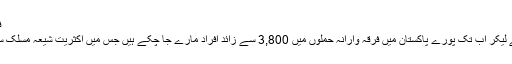
فرقہ وارانہ حملوں میں ہزاروں ہلاک
رپورٹ کے مطابق سنہ 2007 سے لیکر اب تک پورے پاکستان میں فرقہ وارانہ حملوں میں 3,800 سے زائد افراد مارے جا چکے ہیں جس میں اکثریت شیعہ مسلک سے تعلق رکھنے والے افراد کی ہے۔